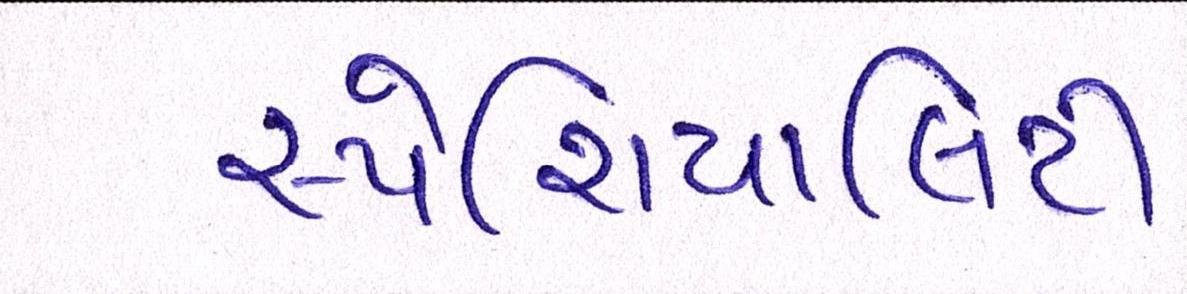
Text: સ્પેશિયાલિટી